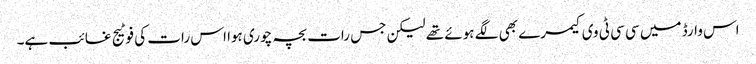
اس وارڈ میں سی سی ٹی وی کیمرے بھی لگے ہوئے تھے لیکن جس رات بچہ چوری ہوا اس رات کی فوٹیج غائب ہے۔